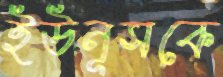
ইউনূসকে